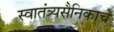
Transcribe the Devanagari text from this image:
स्वातंत्र्यसैनिकाचे